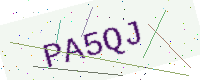
Text: PA5QJ